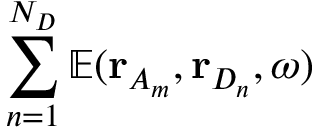
\sum _ { n = 1 } ^ { N _ { D } } \mathbb { E } ( \mathbf { r } _ { A _ { m } } , \mathbf { r } _ { D _ { n } } , \omega )